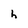
Character: h